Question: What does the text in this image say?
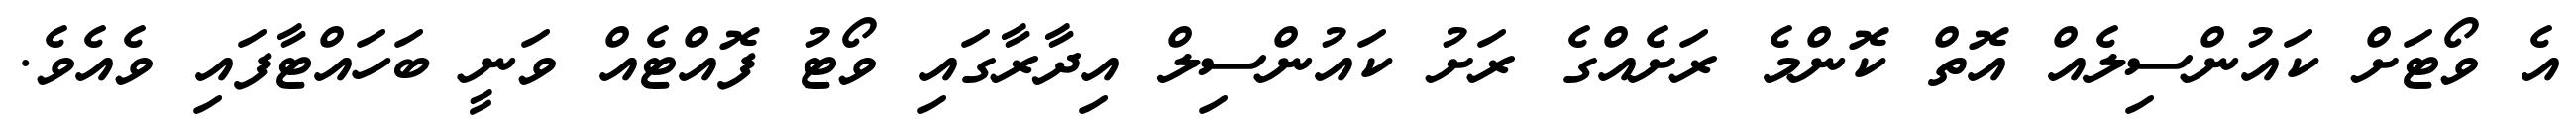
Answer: އެ ވޯޓަށް ކައުންސިލެއް އޮތް ކޮންމެ ރަށެއްގެ ރަށު ކައުންސިލް އިދާރާގައި ވޯޓު ފޮއްޓެއް ވަނީ ބަހައްޓާފައި ވެއެވެ.